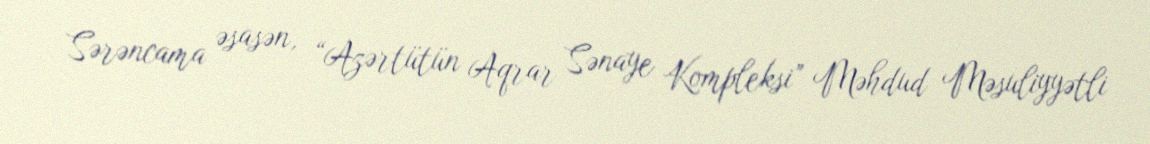
Sərəncama əsasən, “Azərtütün Aqrar Sənaye Kompleksi” Məhdud Məsuliyyətli